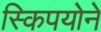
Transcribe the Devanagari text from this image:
स्किपयोने